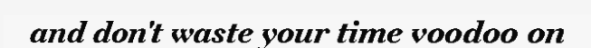
and don't waste your time voodoo on